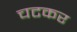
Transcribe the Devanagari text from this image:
चटकर